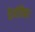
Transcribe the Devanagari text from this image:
हैमंतिक।